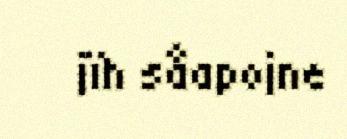
jïh såapojne